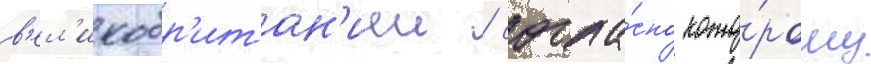
в'ел'икобр'итан'иеи / согла́сно кото́рому